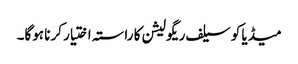
میڈیا کو سیلف ریگولیشن کا راستہ اختیار کرنا ہوگا۔